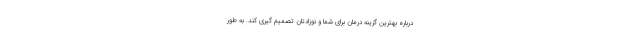
درباره بهترین گزینه درمان برای شما و نوزادتان تصمیم گیری کند. به طور